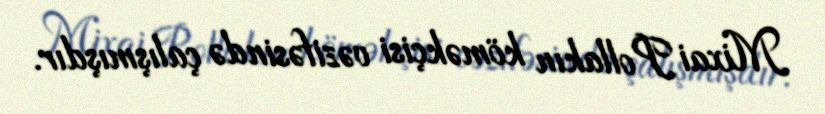
Mixai Pollakın köməkçisi vəzifəsində çalışmışdır.